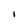
Character: I